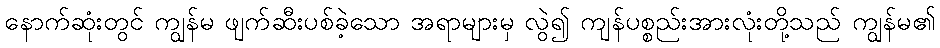
နောက်ဆုံးတွင် ကျွန်မ ဖျက်ဆီးပစ်ခဲ့သော အရာများမှ လွဲ၍ ကျန်ပစ္စည်းအားလုံးတို့သည် ကျွန်မ၏